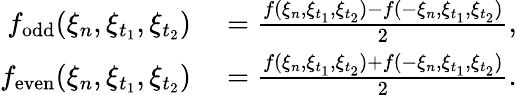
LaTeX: \begin{array}{rl}{f_{\mathrm{odd}}(\xi_{n},\xi_{t_{1}},\xi_{t_{2}})}&{{}=\frac{f(\xi_{n},\xi_{t_{1}},\xi_{t_{2}})-f(-\xi_{n},\xi_{t_{1}},\xi_{t_{2}})}{2},}\\ {f_{\mathrm{even}}(\xi_{n},\xi_{t_{1}},\xi_{t_{2}})}&{{}=\frac{f(\xi_{n},\xi_{t_{1}},\xi_{t_{2}})+f(-\xi_{n},\xi_{t_{1}},\xi_{t_{2}})}{2}.}\end{array}